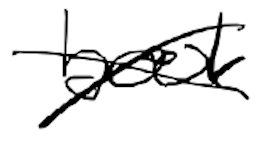
Text: book
Cross-out: cross
Writing tool: digital_black